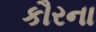
કૌરના